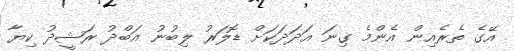
އޭގެ ތެރެއިން އެންމެ ގިނަ އަދަދަކަށް ޑޮލަރު ލިބުނު އަބްދު ރަޝީދު ކިޔާ